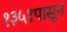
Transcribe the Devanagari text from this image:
१३५१पासून